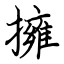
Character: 擁